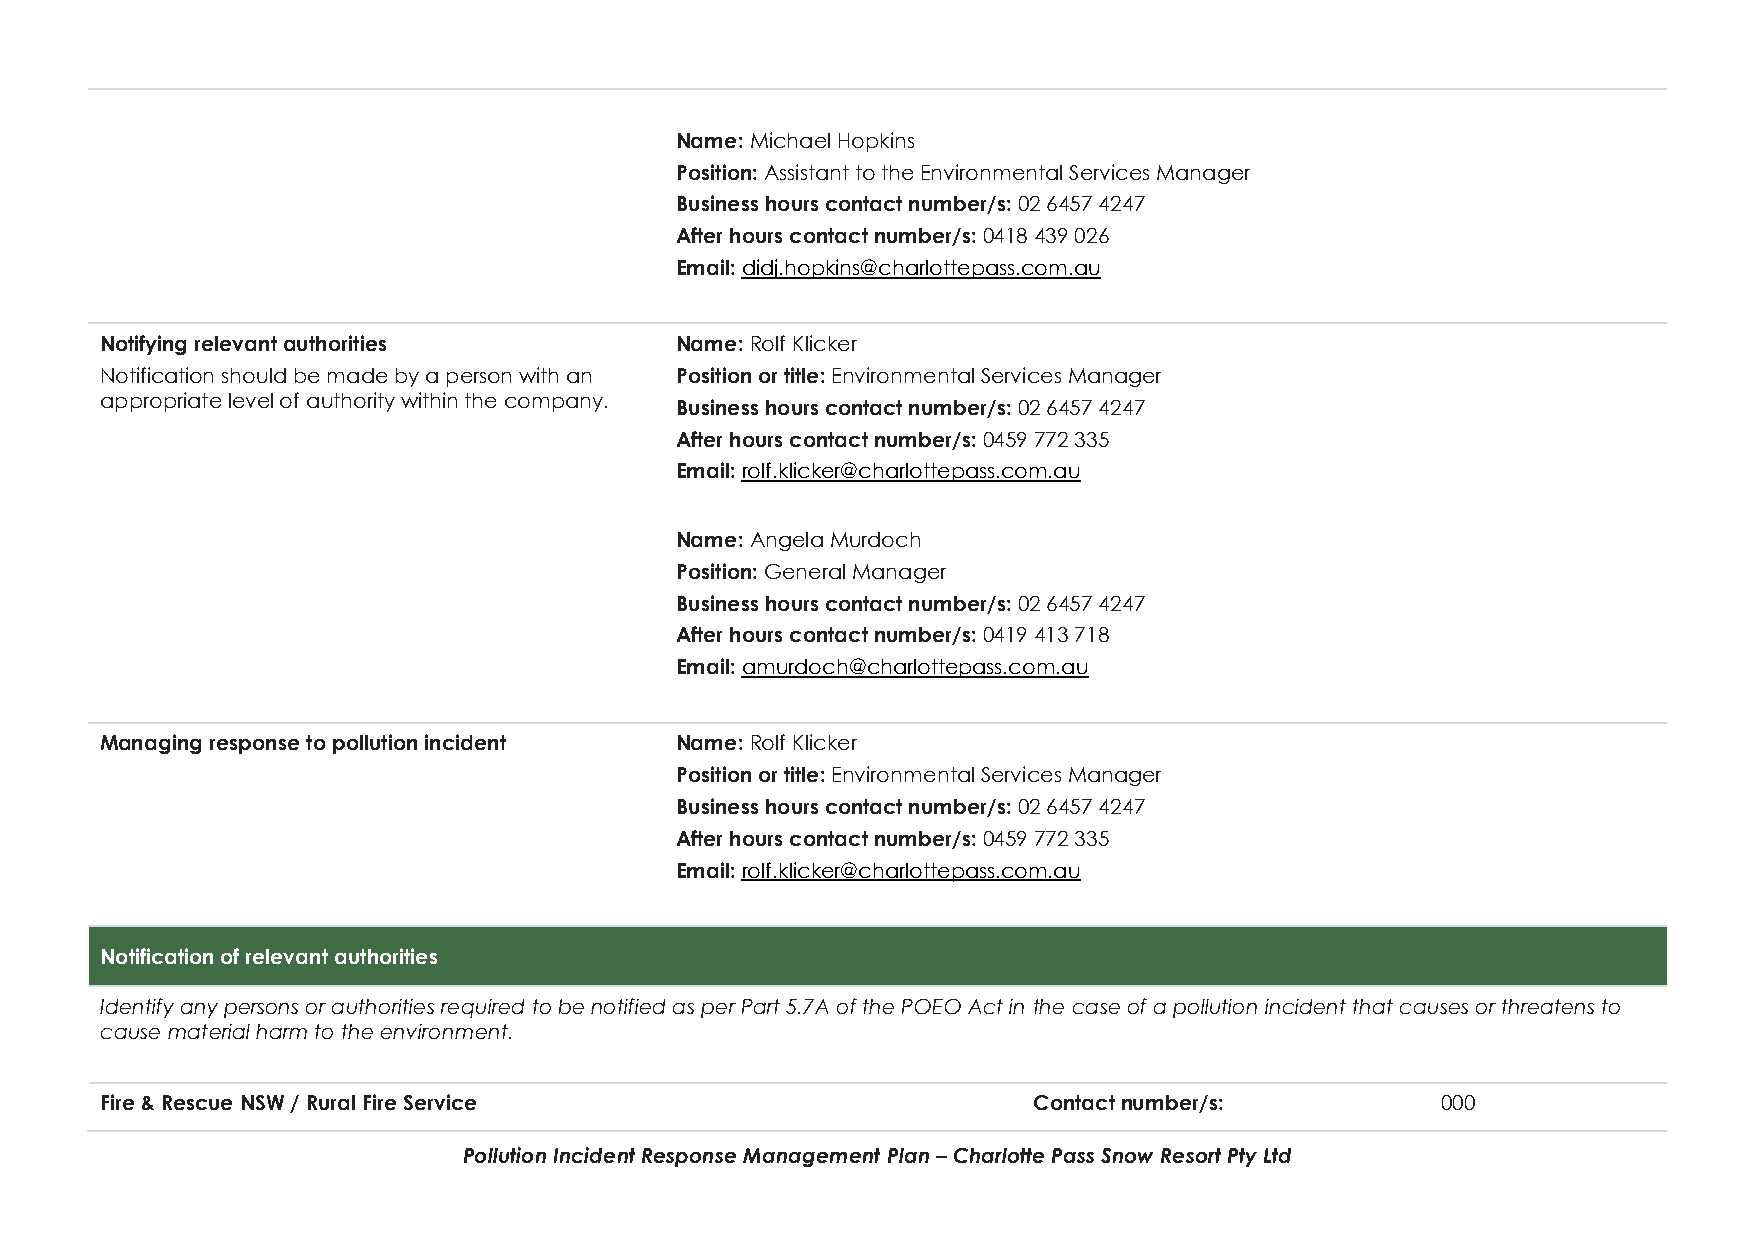
Name: Michael Hopkins
 Position: Assistant to the Environmental Services Manager
 Business hours contact number/s: 02 6457 4247
 After hours contact number/s: 0418 439 026
 Email: didj.hopkins@charlottepass.com.au
 Notifying relevant authorities        Name: Rolf Klicker
 Notification should be made by a person with an Position or title: Environmental Services Manager
 appropriate level of authority within the company. Business hours contact number/s: 02 6457 4247
 After hours contact number/s: 0459 772 335
 Email: rolf.klicker@charlottepass.com.au
 Name: Angela Murdoch
 Position: General Manager
 Business hours contact number/s: 02 6457 4247
 After hours contact number/s: 0419 413 718
 Email: amurdoch@charlottepass.com.au
 Managing response to pollution incident Name: Rolf Klicker
 Position or title: Environmental Services Manager
 Business hours contact number/s: 02 6457 4247
 After hours contact number/s: 0459 772 335
 Email: rolf.klicker@charlottepass.com.au
 Notification of relevant authorities
 Identify any persons or authorities required to be notified as per Part 5.7A of the POEO Act in the case of a pollution incident that causes or threatens to
 cause material harm to the environment.
 Fire & Rescue NSW / Rural Fire Service                       Contact number/s:          000
 Pollution Incident Response Management Plan – Charlotte Pass Snow Resort Pty Ltd